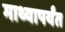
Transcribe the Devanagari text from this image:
माथ्यापर्यंत